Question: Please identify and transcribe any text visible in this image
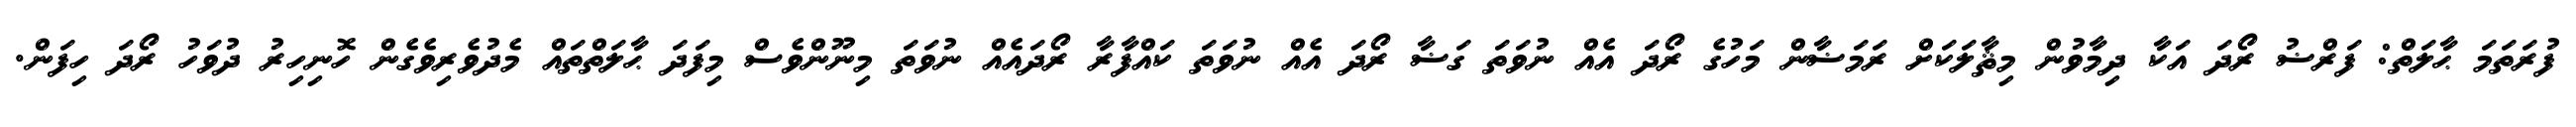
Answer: ފުރަތަމަ ޙާލަތް: ފަރްޟު ރޯދަ އަކާ ދިމާވުން މިޘާލަކަށް ރަމަޟާން މަހުގެ ރޯދަ އެއް ނުވަތަ ގަޟާ ރޯދަ އެއް ނުވަތަ ކައްފާރާ ރޯދައެއް ނުވަތަ މިނޫންވެސް މިފަދަ ޙާލަތްތައް މެދުވެރިވެގެން ހޮނިހިރު ދުވަހު ރޯދަ ހިފަން.